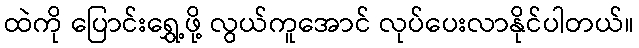
ထဲကို ပြောင်းရွှေ့ဖို့ လွယ်ကူအောင် လုပ်ပေးလာနိုင်ပါတယ်။